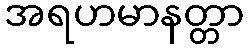
အရဟမာနတ္တာ